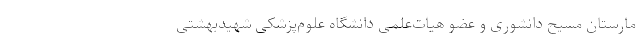
مارستان مسیح‌ دانشوری و عضو هیات‌علمی دانشگاه علوم‌پزشکی شهیدبهشتی